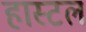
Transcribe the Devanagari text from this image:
हास्टल